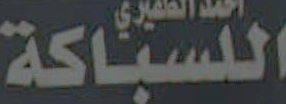
اللسباكة